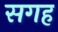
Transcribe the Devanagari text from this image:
सगह